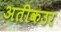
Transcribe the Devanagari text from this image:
अतीकउर